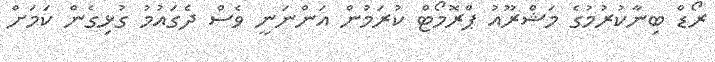
ރޯޑް ބިނާކުރުމުގެ މަޝްރޫއު ޕްރޮމޯޓް ކުރަމުން އަންނަނީ ވެސް ދެގައުމު ގުޅިގެން ކަމަށް